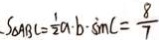
S _ { \Delta A B C } = \frac { 1 } { 2 } a \cdot b \cdot \sin C = \frac { 8 } { 7 }